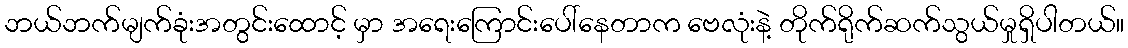
ဘယ်ဘက်မျက်ခုံးအတွင်းထောင့် မှာ အရေးကြောင်းပေါ်နေတာက ဗေလုံးနဲ့ တိုက်ရိုက်ဆက်သွယ်မှုရှိပါတယ်။